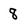
Character: 8